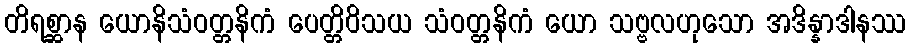
တိရစ္ဆာန ယောနိသံဝတ္တနိကံ ပေတ္တိဝိသယ သံဝတ္တနိကံ ယော သဗ္ဗလဟုသော အဒိန္နာဒါနဿ